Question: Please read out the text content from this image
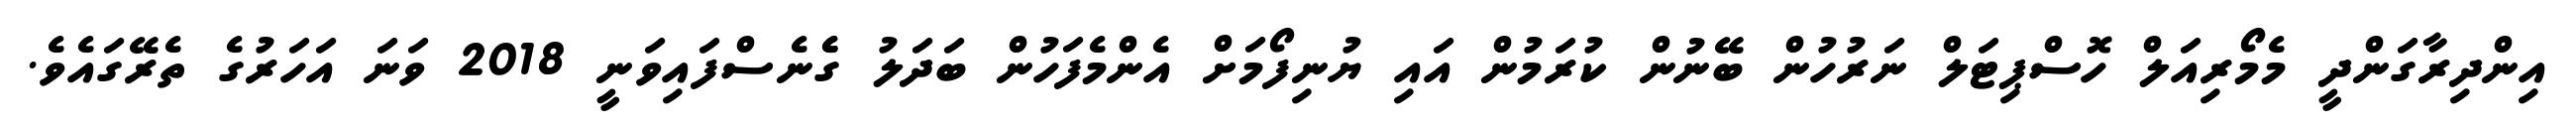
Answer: އިންދިރާގަންދީ މެމޯރިއަލް ހޮސްޕިޓަލް ނަރުހުން ބޭނުން ކުރަމުން އައި ޔުނިފޯމަށް އެންމެފަހުން ބަދަލު ގެެނެސްފައިވަނީ 2018 ވަނަ އަހަރުގެ ތެރޭގައެވެ.